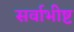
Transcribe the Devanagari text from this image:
सर्वाभीष्ट